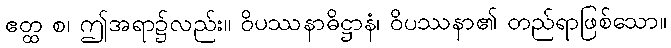
ဧတ္ထ စ၊ ဤအရာ၌လည်း။ ဝိပဿနာဓိဋ္ဌာနံ၊ ဝိပဿနာ၏ တည်ရာဖြစ်သော။